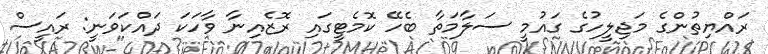
ރައްޔިތުންގެ މަޖިލީހުގެ ގައުމީ ސަލާމަތާ ބެހޭ ކޮމެޓީގައި ރޮޒެއިނާ ވާހަކަ ދައްކަވަނީ: ރައީސް